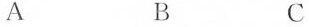
A B C